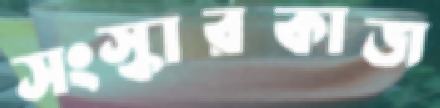
সংস্কারকাজ